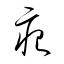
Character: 痕